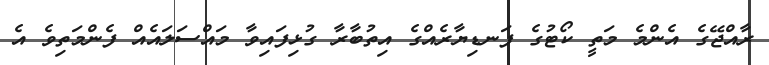
ރާއްޖޭގެ އެންމެ މަތީ ކޯޓުގެ ފަނޑިޔާރެއްގެ އިތުބާރާ ގުޅިފައިިވާ މައްސަލައެއް ފެންމަތިވެ އެ